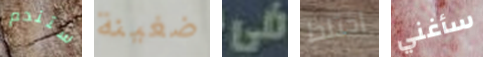
ستندم ضغينة فى اختلط سأغني